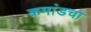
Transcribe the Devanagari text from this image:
कमांडचा